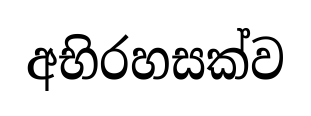
අභිරහසක්ව